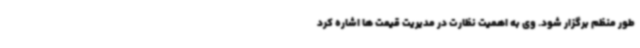
طور منظم برگزار شود. وی به اهمیت نظارت در مدیریت قیمت ها اشاره کرد